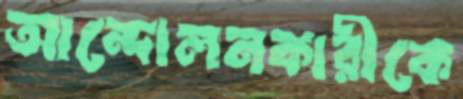
আন্দোলনকারীকে